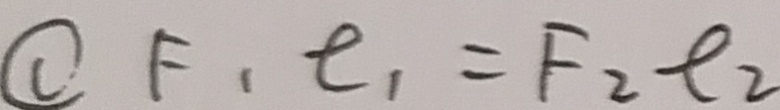
\textcircled { 1 } F _ { 1 } e _ { 1 } = F _ { 2 } e _ { 2 }